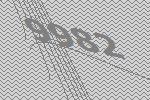
9982